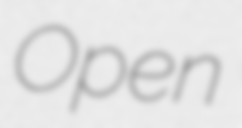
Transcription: Open